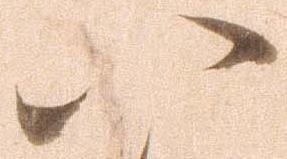
八